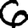
Digit: 6